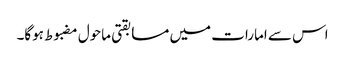
اس سے امارات میں مسابقتی ماحول مضبوط ہوگا۔